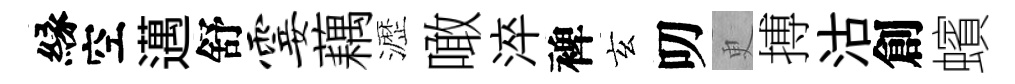
縁空邁舒霎藕瀝噉淬裨玄叨更搏沽創蠙